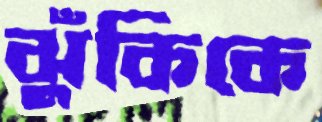
ঝুঁকিকে